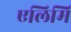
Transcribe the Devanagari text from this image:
एलिमि